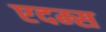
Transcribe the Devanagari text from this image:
एदम्स